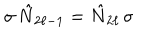
\sigma \, \hat { N } _ { 2 \ell - 1 } = \hat { N } _ { 2 \ell } \, \sigma